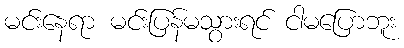
မင်းနေရာ မင်းပြန်မသွားရင် ငါမပြောဘူး